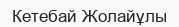
Кетебай Жолайұлы